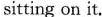
sitting on it.